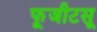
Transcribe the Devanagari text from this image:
फूजीटसू